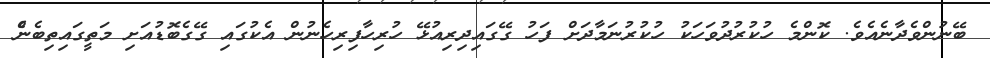
ބޭނުންވެދާނެއެވެ. ކޮންމެ ހުކުރުދުވަހަކު ހުކުރުނަަމާދަށް ފަހު ގޭގައިދިރިއުޅޭ ހުރިހާފިރިހެނުން އެކުގައި ގޭގެބޮޑުއަށި މަތީގައިތިބެނެް